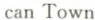
can Town